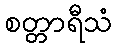
စတ္တာရီသံ